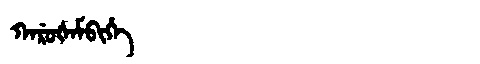
Manchu: ᡴᠠᡵᡠᡧᠠᠮᠪᡳᡥᡝ
Romanization: KARUŠAMBIHE